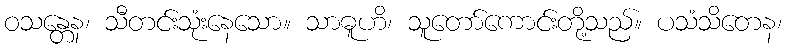
ဝသန္တေန၊ သီတင်းသုံးနေသော။ သာဓူဟိ၊ သူတော်ကောင်းတို့သည်။ ပသံသိတေန၊